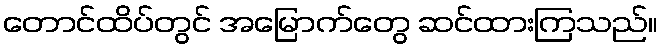
တောင်ထိပ်တွင် အမြောက်တွေ ဆင်ထားကြသည်။